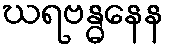
ဃရဗန္ဓနေန